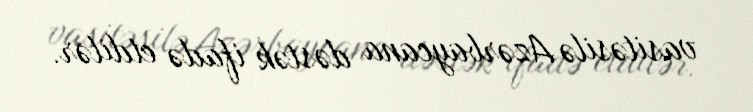
vasitəsilə Azərbaycana dəstək ifadə etdilər.